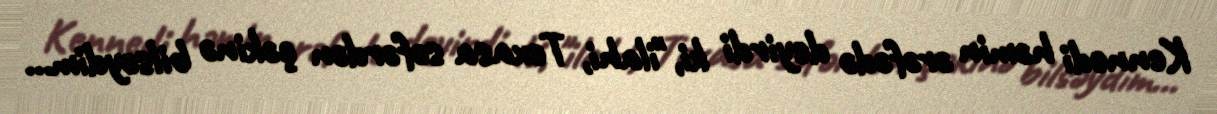
Kennedi həmin ərəfədə deyirdi ki, "ilahi, Texasa səfərdən çəkinə bilsəydim...